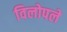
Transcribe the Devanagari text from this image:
विलोपले